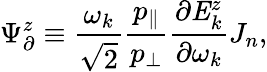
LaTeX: {\Psi}_{\partial}^{z}\equiv\frac{\omega_{k}}{\sqrt{2}}\frac{p_{\parallel}}{p_{\perp}}\frac{\partial\mathit{{E}}_{k}^{z}}{\partial\omega_{k}}J_{n},